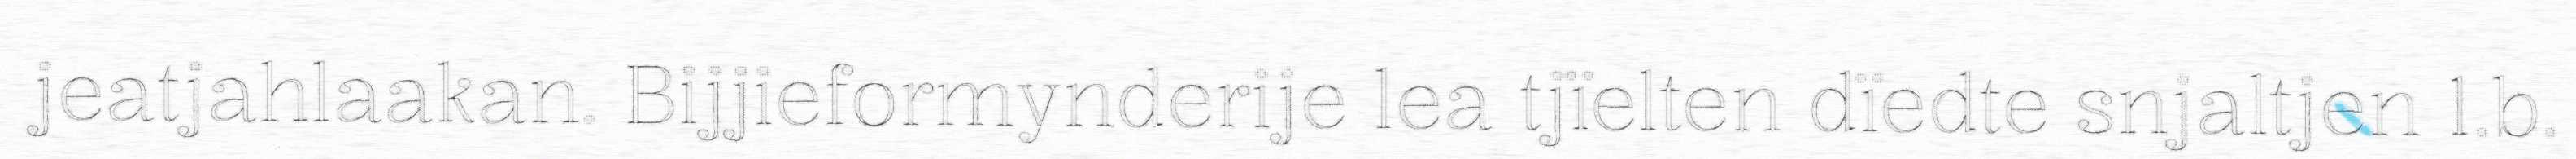
jeatjahlaakan. Bijjieformynderije lea tjïelten dïedte snjaltjen 1.b.